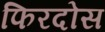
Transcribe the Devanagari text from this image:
फिरदोस